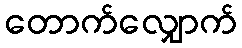
တောက်လျှောက်